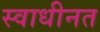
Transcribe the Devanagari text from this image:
स्वाधीनत